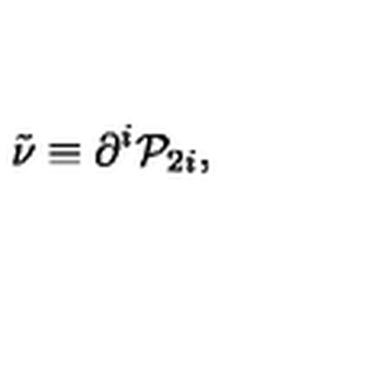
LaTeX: \tilde { \nu } \equiv \partial ^ { i } { \cal P } _ { 2 i } ,